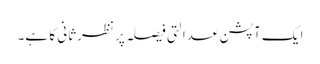
ایک آپشن عدالتی فیصلہ پر نظرثانی کا ہے۔